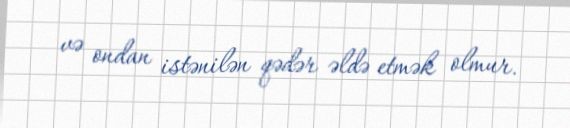
və ondan istənilən qədər əldə etmək olmur.